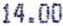
14.00